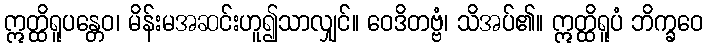
ဣတ္ထိရူပန္တေဝ၊ မိန်းမအဆင်းဟူ၍သာလျှင်။ ဝေဒိတဗ္ဗံ၊ သိအပ်၏။ ဣတ္ထိရူပံ ဘိက္ခဝေ